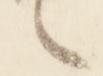
々